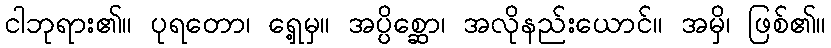
ငါဘုရား၏။ ပုရတော၊ ရှေ့မှ။ အပ္ပိစ္ဆော၊ အလိုနည်းယောင်။ အမှိ၊ ဖြစ်၏။